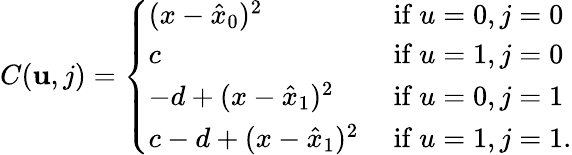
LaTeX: C(\mathbf{u},j)=\left\{ \begin{array}{ll}{{(x-\hat{x}_{0})^{2}}}&{{\mathrm{~if~}u=0,j=0}}\\ {{c}}&{{\mathrm{~if~}u=1,j=0}}\\ {{-d+(x-\hat{x}_{1})^{2}}}&{{\mathrm{~if~}u=0,j=1}}\\ {{c-d+(x-\hat{x}_{1})^{2}}}&{{\mathrm{~if~}u=1,j=1.}}\end{array}\right.